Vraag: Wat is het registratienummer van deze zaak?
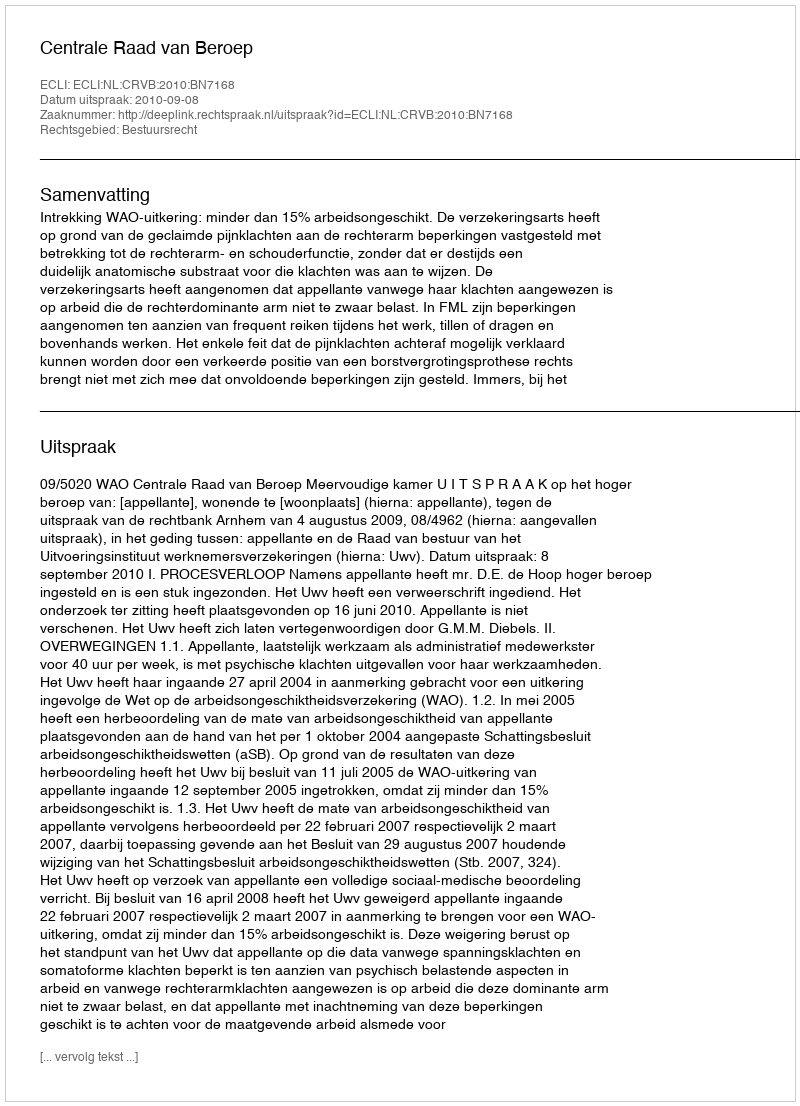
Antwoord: http://deeplink.rechtspraak.nl/uitspraak?id=ECLI:NL:CRVB:2010:BN7168